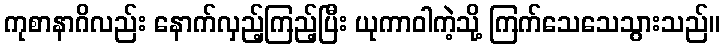
ကုစာနာဂိလည်း နောက်လှည့်ကြည့်ပြီး ယုကာဝါကဲ့သို့ ကြက်သေသေသွားသည်။